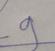
Signature authenticity: genuine